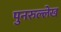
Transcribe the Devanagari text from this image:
पुनरुल्लेख